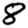
Digit: 8